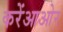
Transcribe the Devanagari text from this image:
करेंआओर